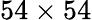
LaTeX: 54\times 54